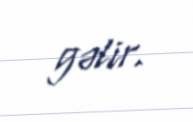
gəlir.